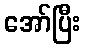
အော်ပြီး